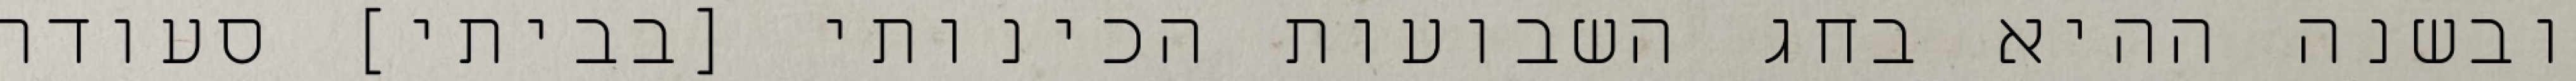
ובשנה ההיא בחג השבועות הכינותי [בביתי] סעודה